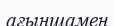
ағыншамен